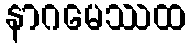
နာဂမေဿထ